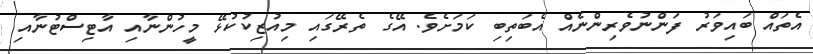
އެތައް ބައިވަރު ފަންނުވެރިންނެއް އެބަތިބި ކަމަށެވެ. އޭގެ ތެރޭގައި މިއުޒިކުކުޅޭ މީހުންނާއި އާޓިސްޓުނާއި